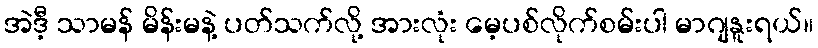
အဲဒီ့ သာမန် မိန်းမနဲ့ ပတ်သက်လို့ အားလုံး မေ့ပစ်လိုက်စမ်းပါ မာဂျနူးရယ်။